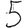
Digit: 5